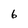
Character: 6